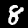
Digit: 8